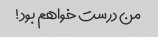
من درست خواهم بود!